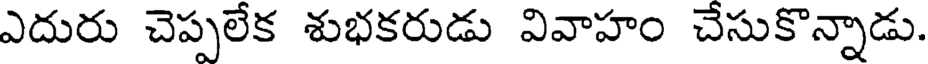
ఎదురు చెప్పలేక శుభకరుడు వివాహం చేసుకొన్నాడు.